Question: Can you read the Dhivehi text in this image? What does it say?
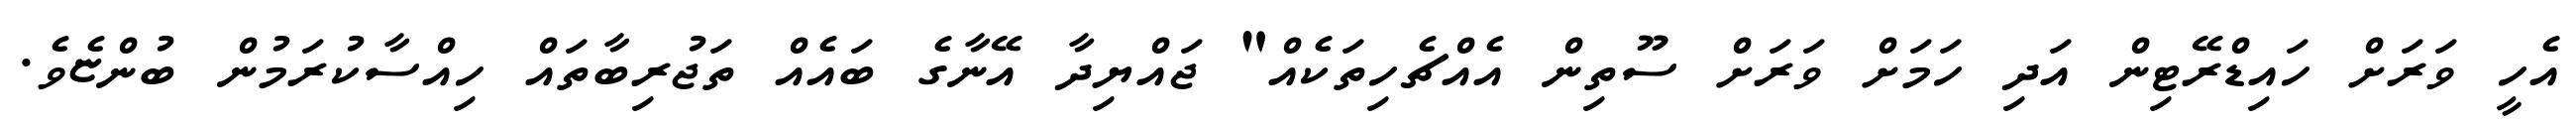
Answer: އެހީ ވަރަށް ހައިޑްރޭޓިން އަދި ހަމަށް ވަރަށް ސޫތިން އެއްޗެހިތަކެއް" ޖައްޔިދާ އޭނާގެ ބައެއް ތަޖުރިބާތައް ހިއްސާކުރަމުން ބުންޏެވެ.